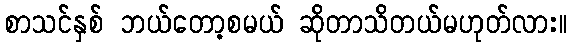
စာသင်နှစ် ဘယ်တော့စမယ် ဆိုတာသိတယ်မဟုတ်လား။